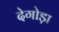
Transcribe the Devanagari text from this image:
देगोड़ा